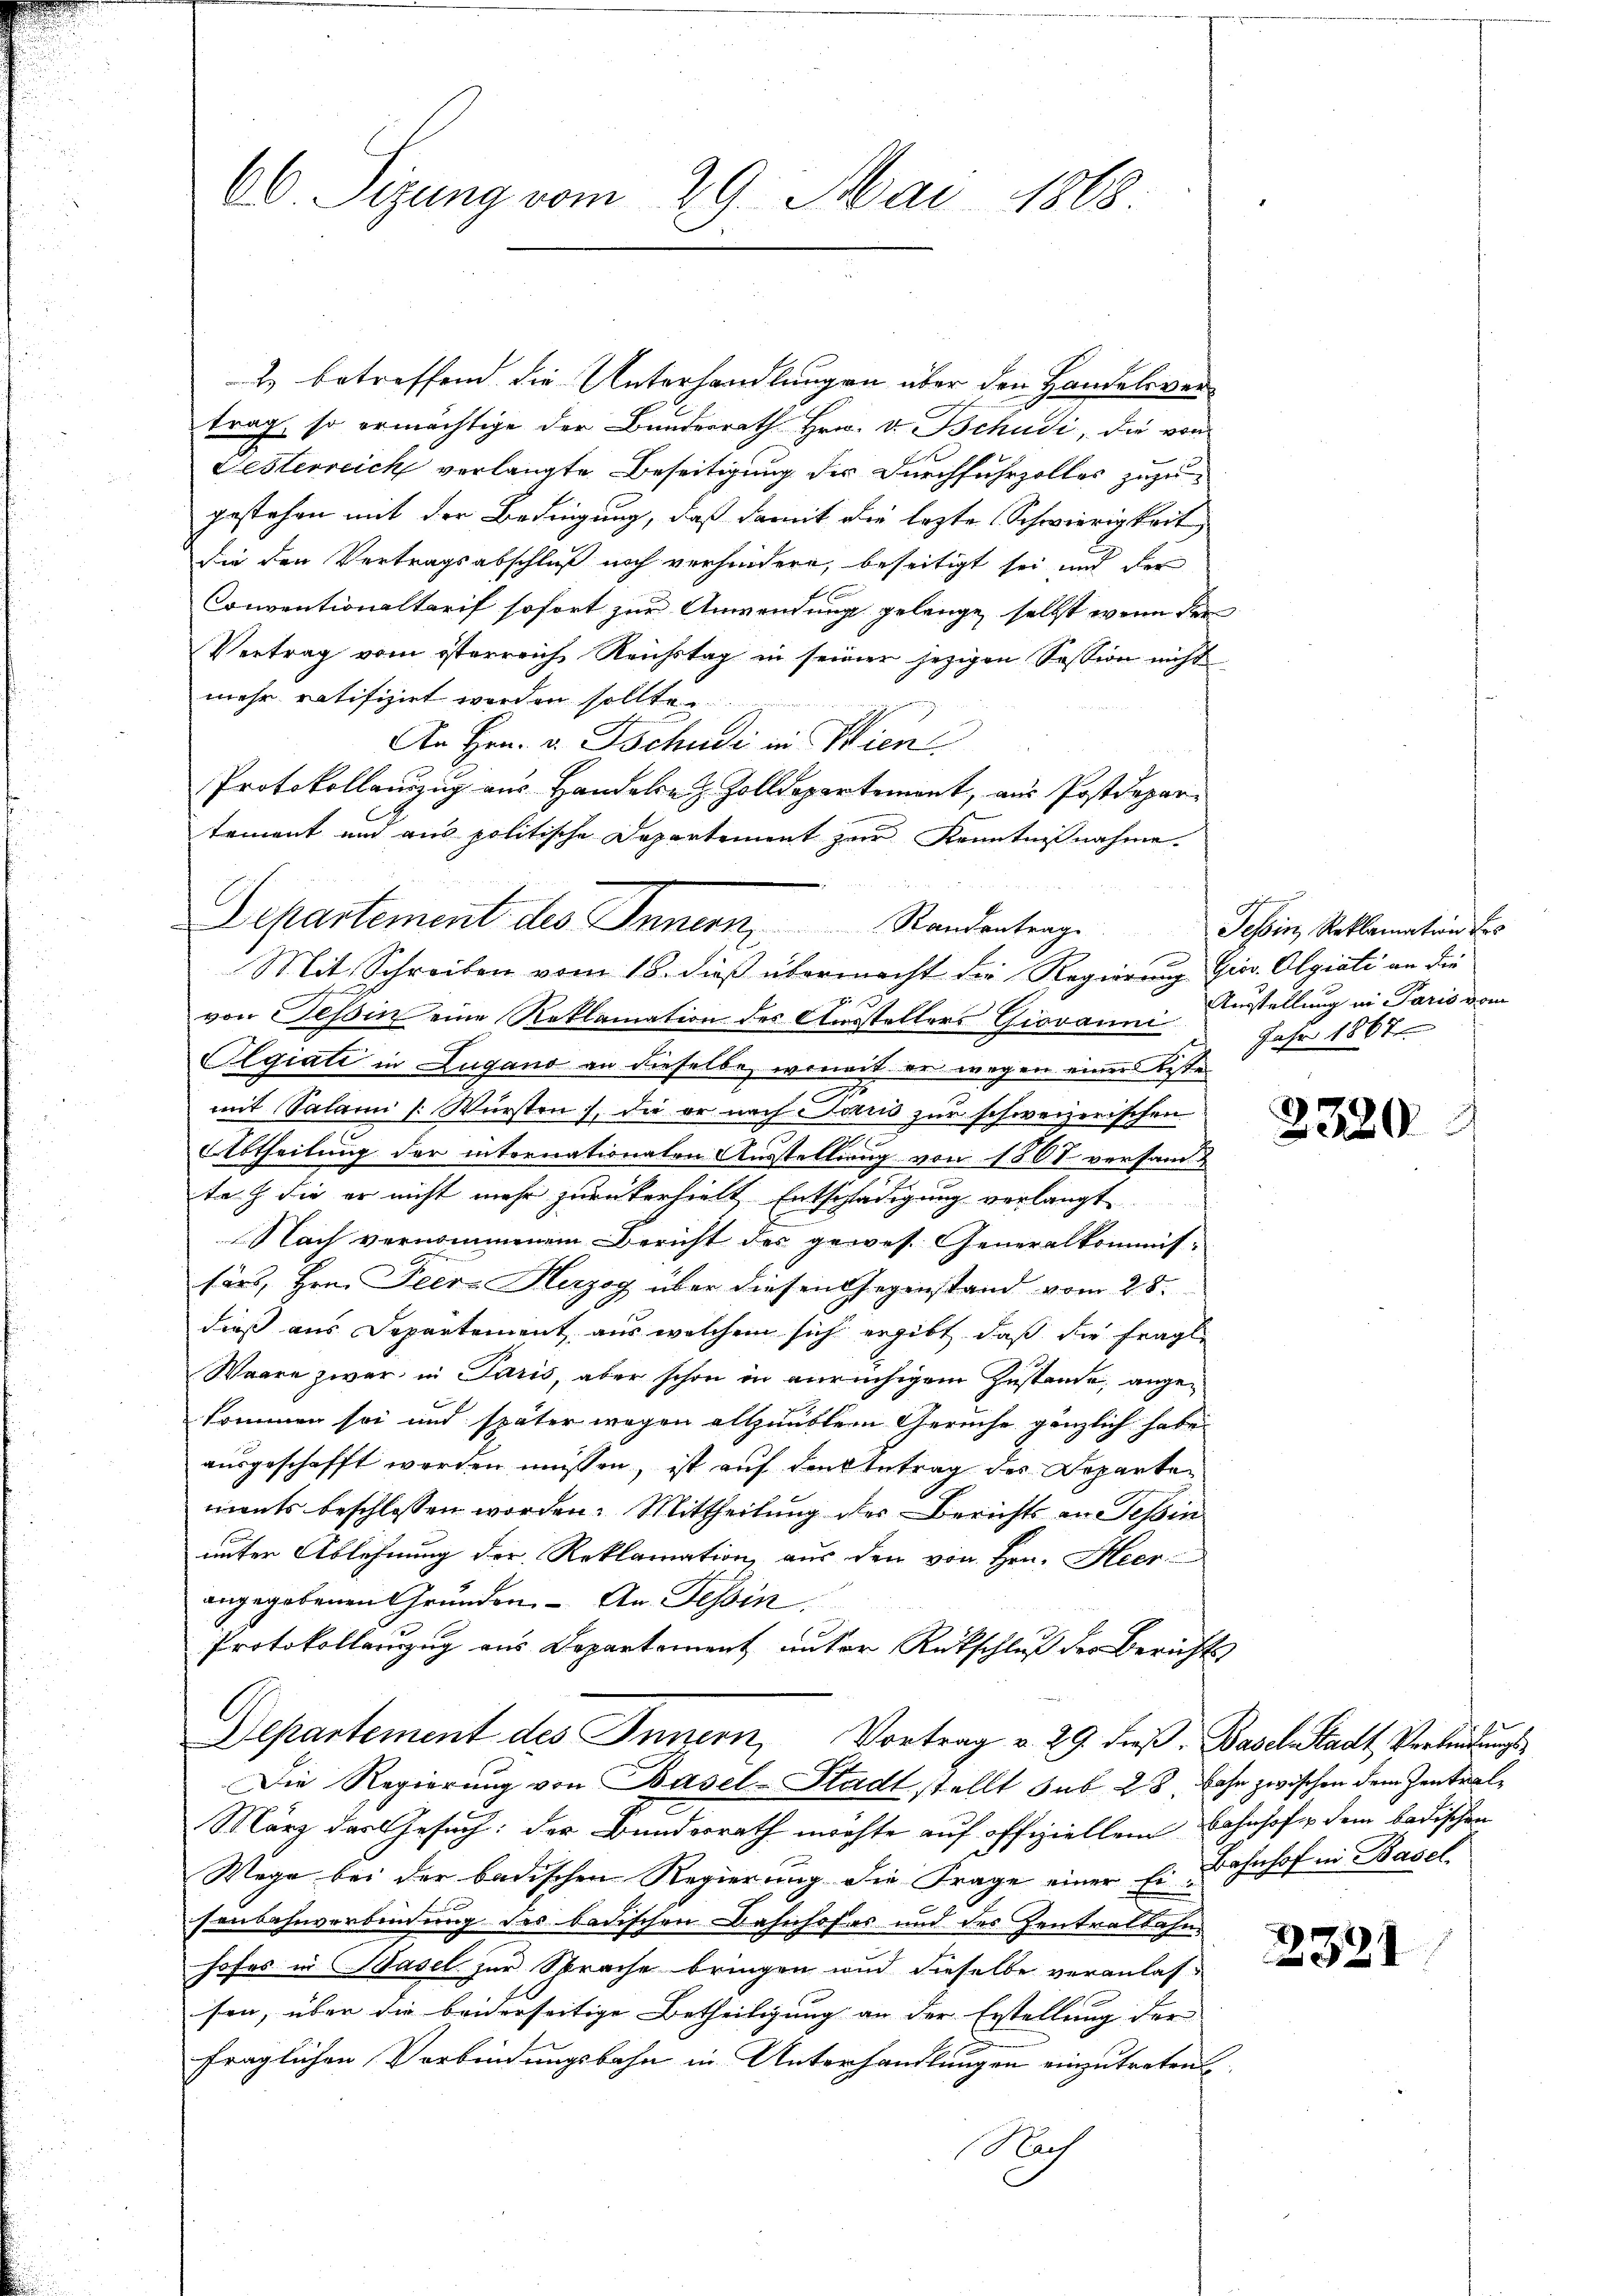
66. Sizung vom 29. Mai 1868.

2 betreffend die Unterhandlungen über den Handelsvertrag, so ermächtige der Bundesrath Hrn. v. Bchudi, die von
Festerreich verlangte Beseitigung der Durchfuhrzolles zuzugestehen mit der Bedingung, daß damit die lezte Schwierigkeit
die den Vertragsabschluß noch verhindern, beseitigt sei und der
Conventionaltarif sofort zur Anwendung gelange, selbst wenn der
Vertrag vom österreich Reichstag in seiner jezigen Session nicht
mehr ratifizirt werden sollte.
An Hrn. v. Tschudi in Wiene
Protokollanzug aus Handeln & Zolldepartement, aus Postdepartement und aus politische Departement zur Kenntnißnahme.
Mit Schreiben vom 15. dieß übermacht die Regierung Gier. Olgiati an die
p
von Tessin eine Reklamation des Ausstellers Giovanni Ausstellung in Paris vom
Olgiati in Zugano an dieselbe, womit er wegen einer bestemit Salami [Würsten), die er nach aus zur schweizerischen
m
Abtheilung der internationaten Ausstellung von 1861 versam¬
.
ta die er nicht mehr zurükerhielt Entschädigung verlangt
Nach vernommenem Bericht des gewes. Generalkommis-
färs, Hrn. Peere Herzog über diesen Gegenstand vom 28.
dieß aus Departement aus welchem sich ergibt, daß die fragl
Waare zwar in Paris, aber schon in anrüchigem Zustande, angekommen sei und später wegen allzuüblem Geruche gänzlich habe
ausgeschafft worden müssen, ist auf den Antrag des Departen
ments beschlossen worden. Mittheilung des Berichts an Tessin
unter Ablehnung der Reklamation, aus den von Hrn. Heer
angegebenen Gründen. - An. Tessin.
Protokollanzug aus Departement unter Rückschluß der Berichts
Departement des Innern, Vortrag v. 29. dieβ, Basel-Stadt, Verbindungs¬
Die Regierung von Basel-Stadt stellt sub 28 Jahr zwischen dem Zentral¬
März das Gesuch: der Bundesrath möchte auf offiziellem Bahnhofe dem badischen
Wege bei der badischen Regierung die Frage einer Er Bahnhof in Basel
senbahnverbindung des badischen Bahnhofes und des Zentralbahn
hofes in Hasel zur Sprache bringen und dieselbe veranlassen, über die beiderseitige Betheiligung an der Erstellung der
fraglichen Verbindungsbahn in Unterhandlungen einzutreten
Nach

Departement des Innern, Standentrage
e

Tessin, Reklamation des
Jahr 1867

1

2320

2321